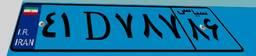
۸۲D۳۱۱۴۱